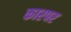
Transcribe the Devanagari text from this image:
कारपर